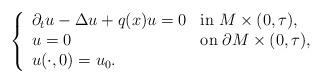
LaTeX: \begin{align*}\left\{\begin{array}{lll} \partial _t u - \Delta u + q(x)u = 0 &\mbox{in}\; M\times (0,\tau ), \\u = 0 &\mbox{on}\; \partial M\times (0,\tau ), \\u(\cdot ,0) = u_0.\end{array}\right.\end{align*}